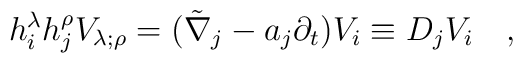
h^{\lambda}_i h^{\rho}_j V_{\lambda;\rho}=(\tilde{\nabla}_j-a_j\partial_t) V_i\equiv D_jV_i~~~,